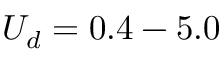
U _ { d } = 0 . 4 - 5 . 0